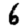
Digit: 6